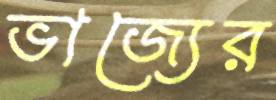
ভাজ্যের